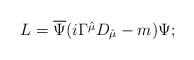
LaTeX: \begin{align*}L=\overline{\Psi }(i\Gamma \hat{^{\mu }}D_{\hat{\mu }}-m)\Psi ;\end{align*}